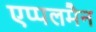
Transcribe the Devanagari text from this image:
एप्पलमैन